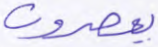
يعصرون